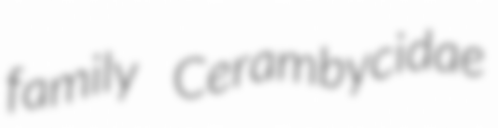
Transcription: family Cerambycidae